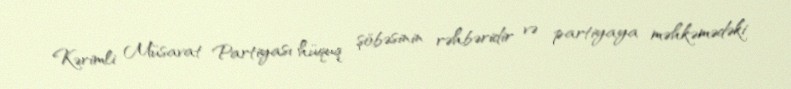
Kərimli Müsavat Partiyası hüquq şöbəsinin rəhbəridir və partiyaya məhkəmədəki